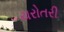
ચરોતરી